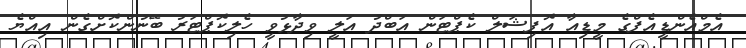
އެމްއެންޑީއެފްގެ މީޑިއާ އޮފިޝަލް ކެޕްޓަން އަބްދު އަލީ ވިދާޅުވީ ހެލިކޮޕްޓަރު ބޭނުންކޮށްގެން އިއްޔެ